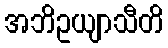
အဘိဥယျာသီတိ